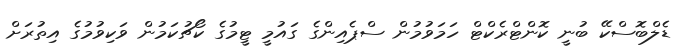
ޑެލްބޮސްކޭ ބުނީ ކޮންޓްރެކްޓް ހަމަވުމުން ސްޕެއިންގެ ގައުމީ ޓީމުގެ ކޯޗުކަމުން ވަކިވުމުގެ އިތުރަށް